Indian Civil Veterinary Department memoirs
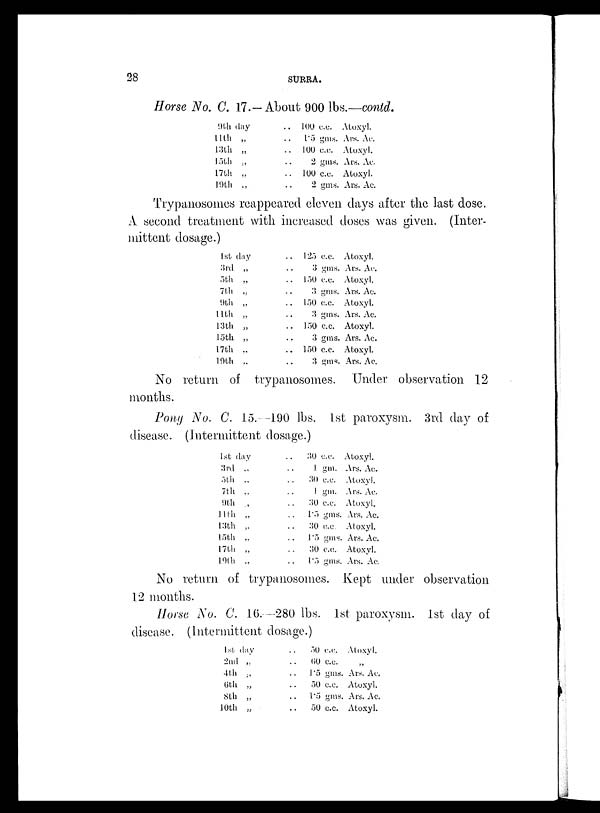
28
SURRA.
Horse No. C. 17.— About 900 lbs.—contd.
9th day
11th „
13lh „
15th „
17th „
19th „
. . 100 c.c.
. . 1.5 gms.
. . 100 c.c.
. . 2 gms.
. . 100 c.c.
. . 2 gms.
Atoxyl.
Ars. Ac.
Atoxyl.
Ars. Ac.
Atoxyl.
Ars. Ac.
Trypanosomes reappeared eleven days after the last dose.
A second treatment with increased doses was given. (Inter-
mittent dosage.)
1st day
3rd „
5th „
7th „
9th „
11th „
13th „
15th „
17th „
19th „
. . 125 c.c.
. . 3 gms.
. . 150 c.c.
. . 3 gms.
. . 150 c.c.
. . 3 gms.
. . 150 c.c.
. . 3 gms.
. . 150 c.c.
. . 3 gms.
Atoxyl.
Ars. Ac.
Atoxyl.
Ars. Ac.
Atoxyl.
Ars. Ac.
Atoxyl.
Ars. Ac.
Atoxyl.
Ars. Ac.
No return of trypanosomes. Under observation 12
months.
Pony No. C. 15.—190 lbs. 1st paroxysm. 3rd day of
disease. (Intermittent dosage.)
1st day
3rd „
5th „
7th „
9th „
11th „
13th „
15th „
17th „
19th „
. . 30 c.c.
. . 1 gm.
. . 30 c.c.
. . 1 gm.
. . 30 c.c.
. . 1.5 gms.
. . 30 c.c
. . 1.5 gms.
. . 30 c.c.
. . 1.5 gms.
Atoxyl.
Ars. Ac.
Atoxyl.
Ars. Ac.
Atoxyl.
Ars. Ac.
Atoxyl.
Ars. Ac.
Atoxyl.
Ars. Ac.
No return of trypanosomes. Kept under observation
12 months.
Horse No. C. 16.—280 lbs. 1st paroxysm. 1st day of
disease. (Intermittent dosage.)
1st day
2nd „
4th „
6th „
8th „
10th „
. . 50 c.c.
. . 60 c.c.
. . 1.5 gms.
. . 50 c.c.
. . 1.5 gms.
. . 50 c.c.
Atoxyl.
„
Ars. Ac.
Atoxyl.
Ars. Ac.
Atoxyl.